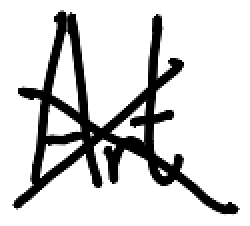
Text: Art
Cross-out: cross
Writing tool: digital_black